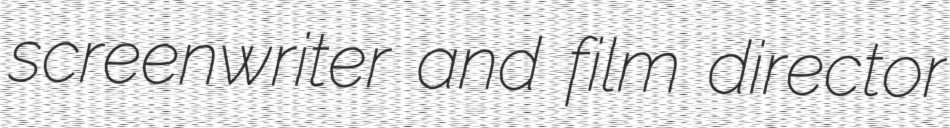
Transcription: screenwriter and film director